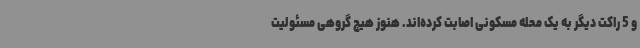
و 5 راکت دیگر به یک محله مسکونی اصابت کرده‌اند. هنوز هیچ گروهی مسئولیت